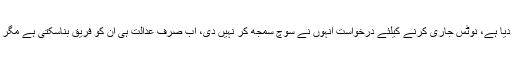
وزیراعظم کے وکیل نے کہا درخواست گزار نے اپنا ساراکام عدالت کے ذمے لگا دیا ہے، نوٹس جاری کرنے کیلئے درخواست انہوں نے سوچ سمجھ کر نہیں دی، اب صرف عدالت ہی ان کو فریق بناسکتی ہے مگر پھر کیس ازسرنو چلے گا اور مجھے سات دن بیٹھ کر دلائل دوبارہ سننا پڑیں گے۔